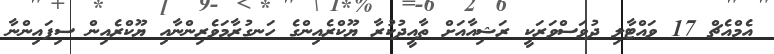
އެމްއެޗް 17 ވައްޓާލި ދުވަސްވަރަކީ ރަޝިއާއަށް ތާއީދުކުރާ ޔޫކްރެއިންގެ ހަނގުރާމަވެރިންނާއި ޔޫކްރެއިން ސިފައިންނާ